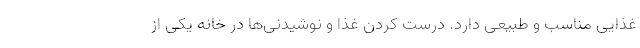
غذایی مناسب و طبیعی دارد. درست کردن غذا و نوشیدنی‌ها در خانه یکی از